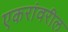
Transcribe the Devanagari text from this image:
एकरांवरील